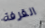
القرفة